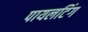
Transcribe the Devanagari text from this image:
पायलटिंग